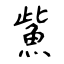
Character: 鮆